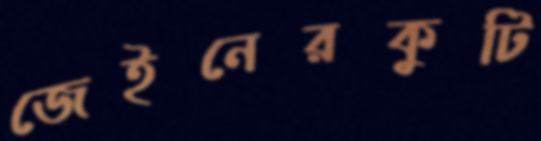
জেইনেরকুটি